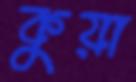
কুয়া